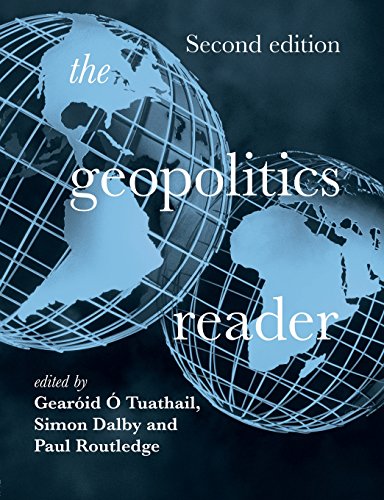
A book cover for The Geopolitics Reader; Arts & Photography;